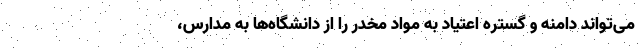
می‌تواند دامنه و گستره اعتیاد به مواد مخدر را از دانشگاه‌ها به مدارس،